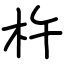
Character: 杵